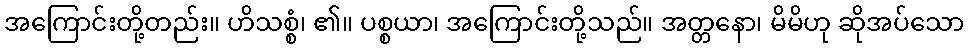
အကြောင်းတို့တည်း။ ဟိသစ္စံ၊ ၏။ ပစ္စယာ၊ အကြောင်းတို့သည်။ အတ္တနော၊ မိမိဟု ဆိုအပ်သော